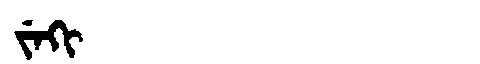
Manchu: ᠵᡝᡴᡳ
Romanization: JEKI